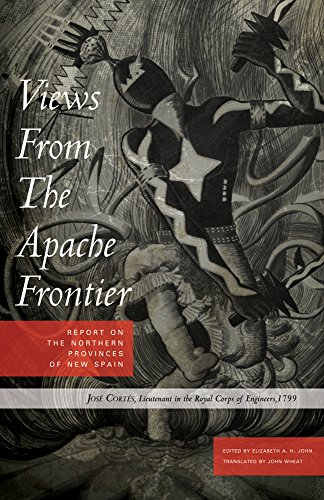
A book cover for Views from the Apache Frontier: Report on the Northern Provinces of New Spain; Jose Cortes; Parenting & Relationships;